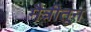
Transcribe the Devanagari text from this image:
मैत्रीतून